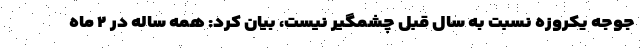
جوجه یکروزه نسبت به سال قبل چشمگیر نیست، بیان کرد: همه ساله در ۲ ماه